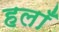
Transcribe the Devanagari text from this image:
हलाँ